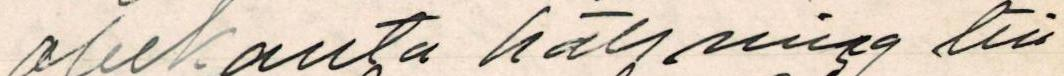
 obekanta hälsning till